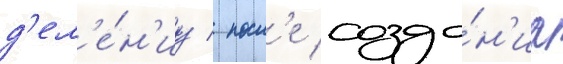
д'ел'е́н'иу / посл'е созда́н'иа